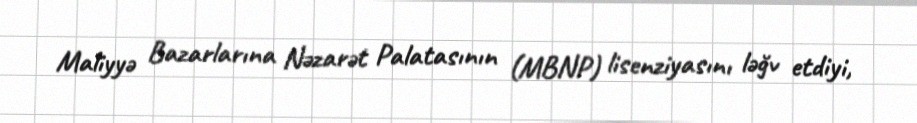
Maliyyə Bazarlarına Nəzarət Palatasının (MBNP) lisenziyasını ləğv etdiyi,